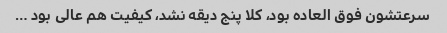
سرعتشون فوق العاده بود، کلا پنج دیقه نشد، کیفیت هم عالی بود …